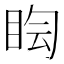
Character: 𥅬